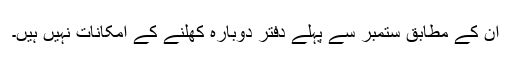
ان کے مطابق ستمبر سے پہلے دفتر دوبارہ کھلنے کے امکانات نہیں ہیں۔